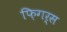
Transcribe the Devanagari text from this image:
फ़िगर्स